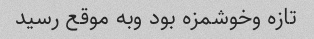
تازه وخوشمزه بود وبه موقع رسید